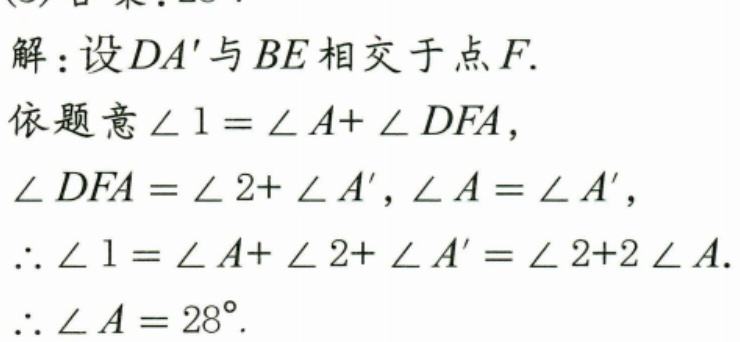
解：设$DA'$与$BE$相交于点$F$.
依题意$\angle 1 = \angle A+\angle DFA$，
$\angle DFA = \angle 2+\angle A'$, $\angle A = \angle A'$，
$\therefore \angle 1 = \angle A+\angle 2+\angle A' = \angle 2 + 2\angle A$.
$\therefore \angle A = 28^{\circ}$.